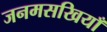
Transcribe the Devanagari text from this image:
जनमसखियाँ